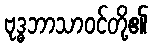
ဗုဒ္ဓဘာသာဝင်တို့၏